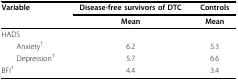
| Variable | Disease-free survivors of DTC | Controls |
 |  | Mean | Mean |
 | --- | --- | --- |
 | HADS |  |  |
 | Anxiety† | 6.2 | 5.3 |
 | Depression† | 5.7 | 6.6 |
 | BFI† | 4.4 | 3.4 |